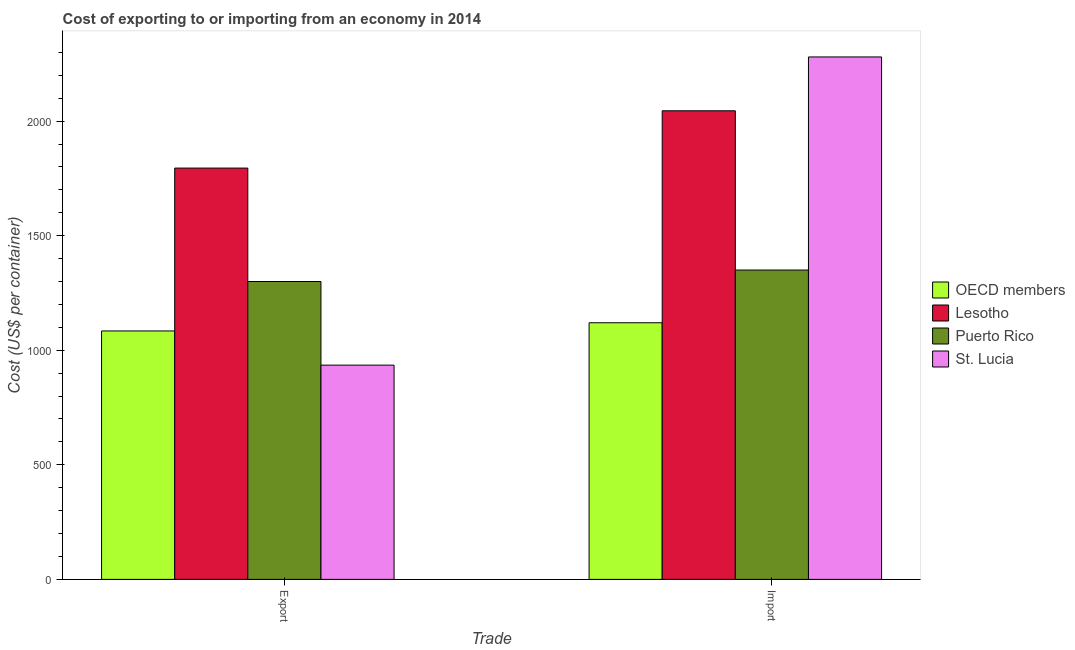
| Trade | OECD members | Lesotho | Puerto Rico | St. Lucia |
 | --- | --- | --- | --- | --- |
 | Export | 1.08e+03 | 1.8e+03 | 1.3e+03 | 935 |
 | Import | 1.12e+03 | 2.04e+03 | 1.35e+03 | 2.28e+03 |